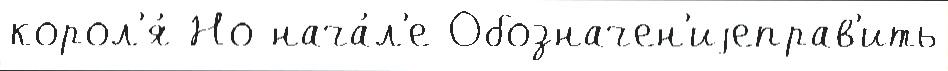
корол'я́ Но нача́л'е Обозначен'иjеправ'ить